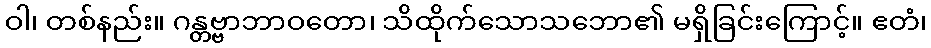
ဝါ၊ တစ်နည်း။ ဂန္တဗ္ဗာဘာဝတော၊ သိထိုက်သောသဘော၏ မရှိခြင်းကြောင့်။ ဧတံ၊